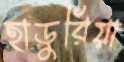
হাড়ুরিয়া